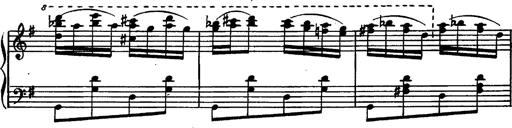
Title: Magyar rapszÃ³diÃ¡k
Composer: Franz Liszt